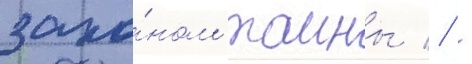
зако́ном таины // -